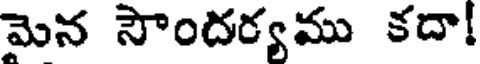
మెన సౌందర్యము కదా!